Aleksander_Warma, lk 17
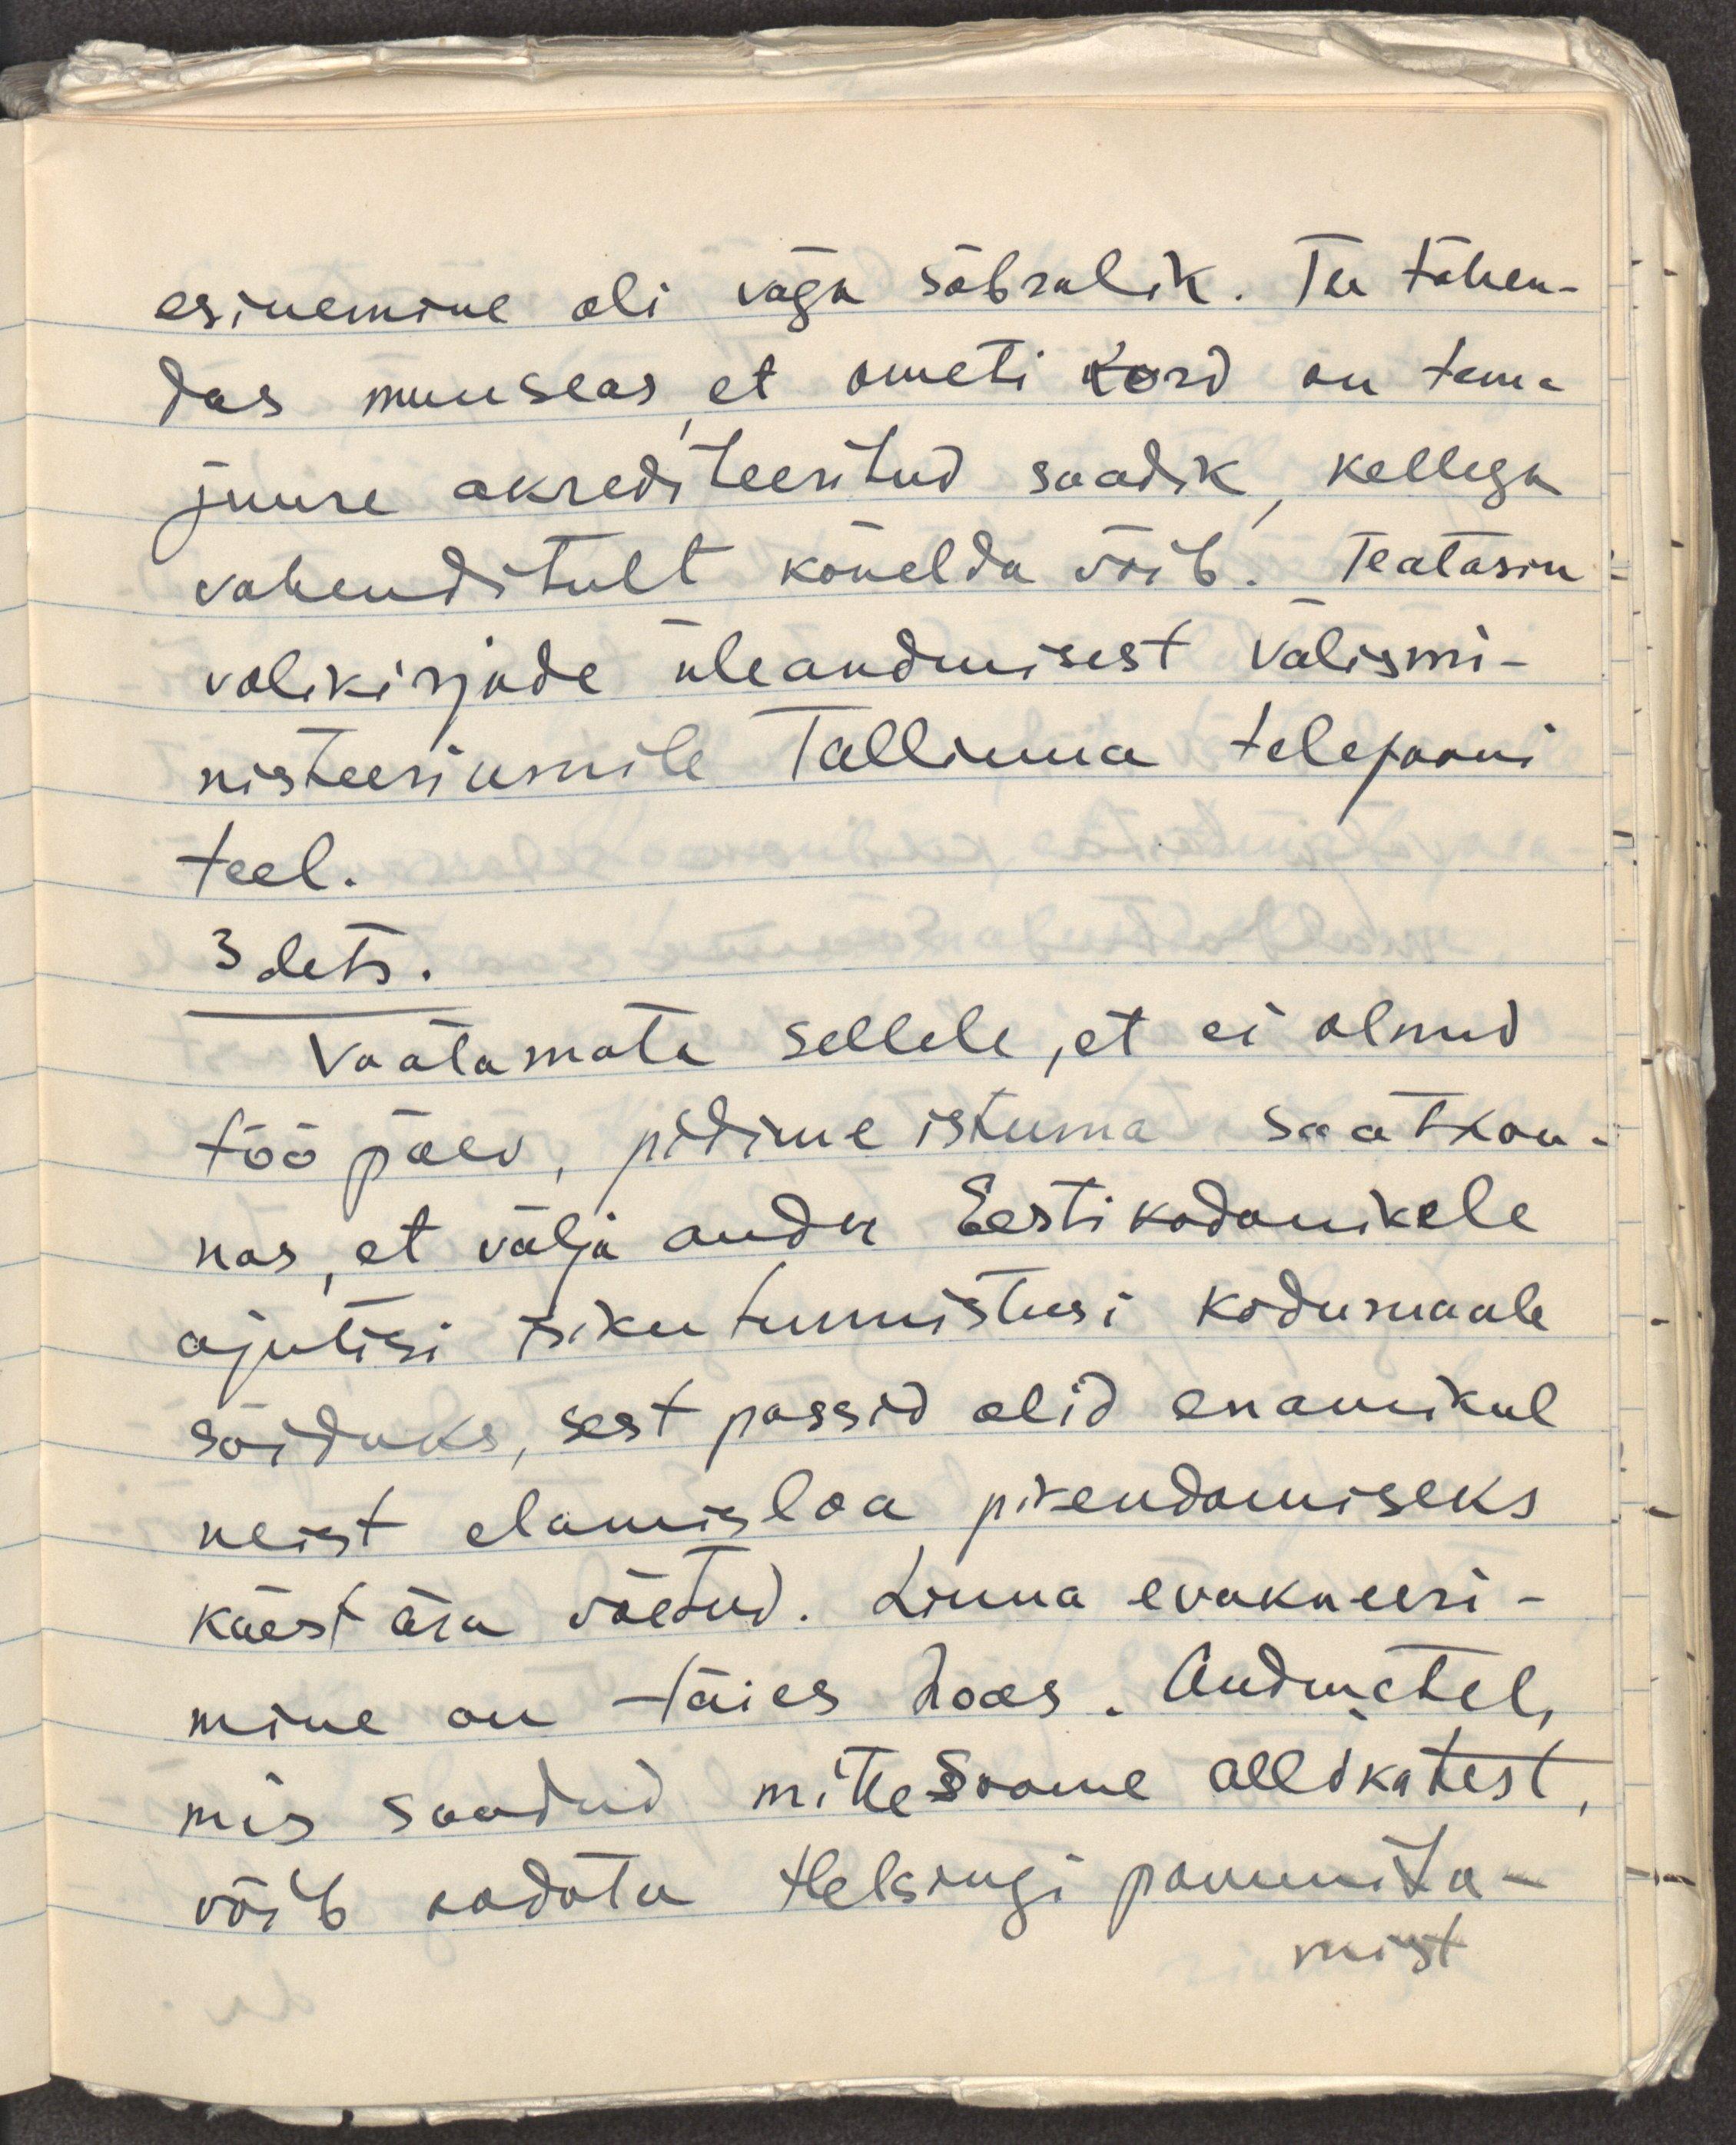
esinemine oli väga sõbralik. Ta tähen-
das muuseas, et ometi kord on tema
juure akrediteeritud saadik, kellega
vahenditult kõnelda võib. Teatasin
volikirjade üleandmisest välismi-
nisteeriumile Tallinna telefooni
teel.
3.dets.
Vaatamata sellele, et ei olnud
tööpäev, pidime istuma saatkon-
nas, et välja anda Eesti kodanikele
ajutisi isikutunnistusi kodumaale
sõiduks, sest passid olid enamikul
neist elamisloa pikendamiseks
käest ära võetud. Linna evakueeri-
mine on täies hoos. Andmetel, 
mis saadud mitte Soome allikatest,
võib oodata Helsingi pommita-
mist